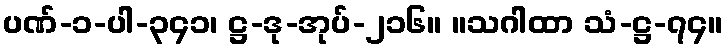
ပဏ်-၁-ပါ-၃၄၁၊ ဋ္ဌ-ဒု-အုပ်-၂၁၆။ ။သဂါထာ သံ-ဋ္ဌ-၇၄။